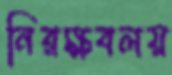
নিরক্ষবলয়